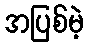
အပြစ်မဲ့